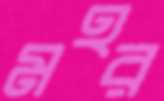
মহর